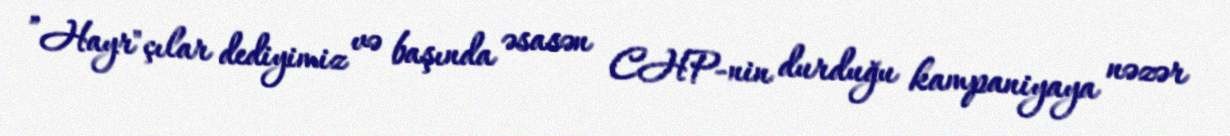
”Hayr"çılar dediyimiz və başında əsasən CHP-nin durduğu kampaniyaya nəzər